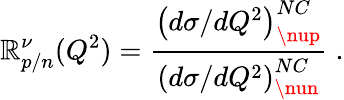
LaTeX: \mathbb{R}_{p/n}^{\nu}(Q^{2})=\frac{{\left(d\sigma/dQ^{2}\right)_{\nup}^{NC}}}{{\left(d\sigma/dQ^{2}\right)_{\nun}^{NC}}}\; .